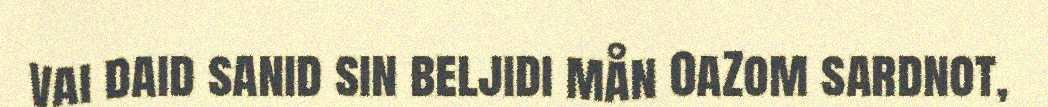
vai daid sanid sin beljidi mån 0aZom sardnot,